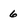
Character: 6